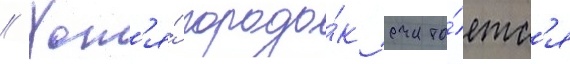
// Хот'я́ городо́к счита́етс'я